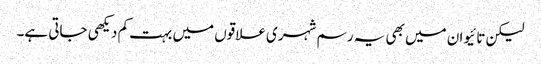
لیکن تائیوان میں بھی یہ رسم شہری علاقوں میں بہت کم دیکھی جاتی ہے۔